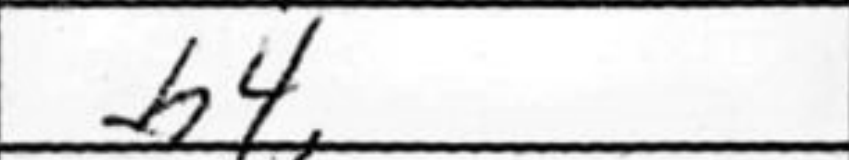
Transcription: h4